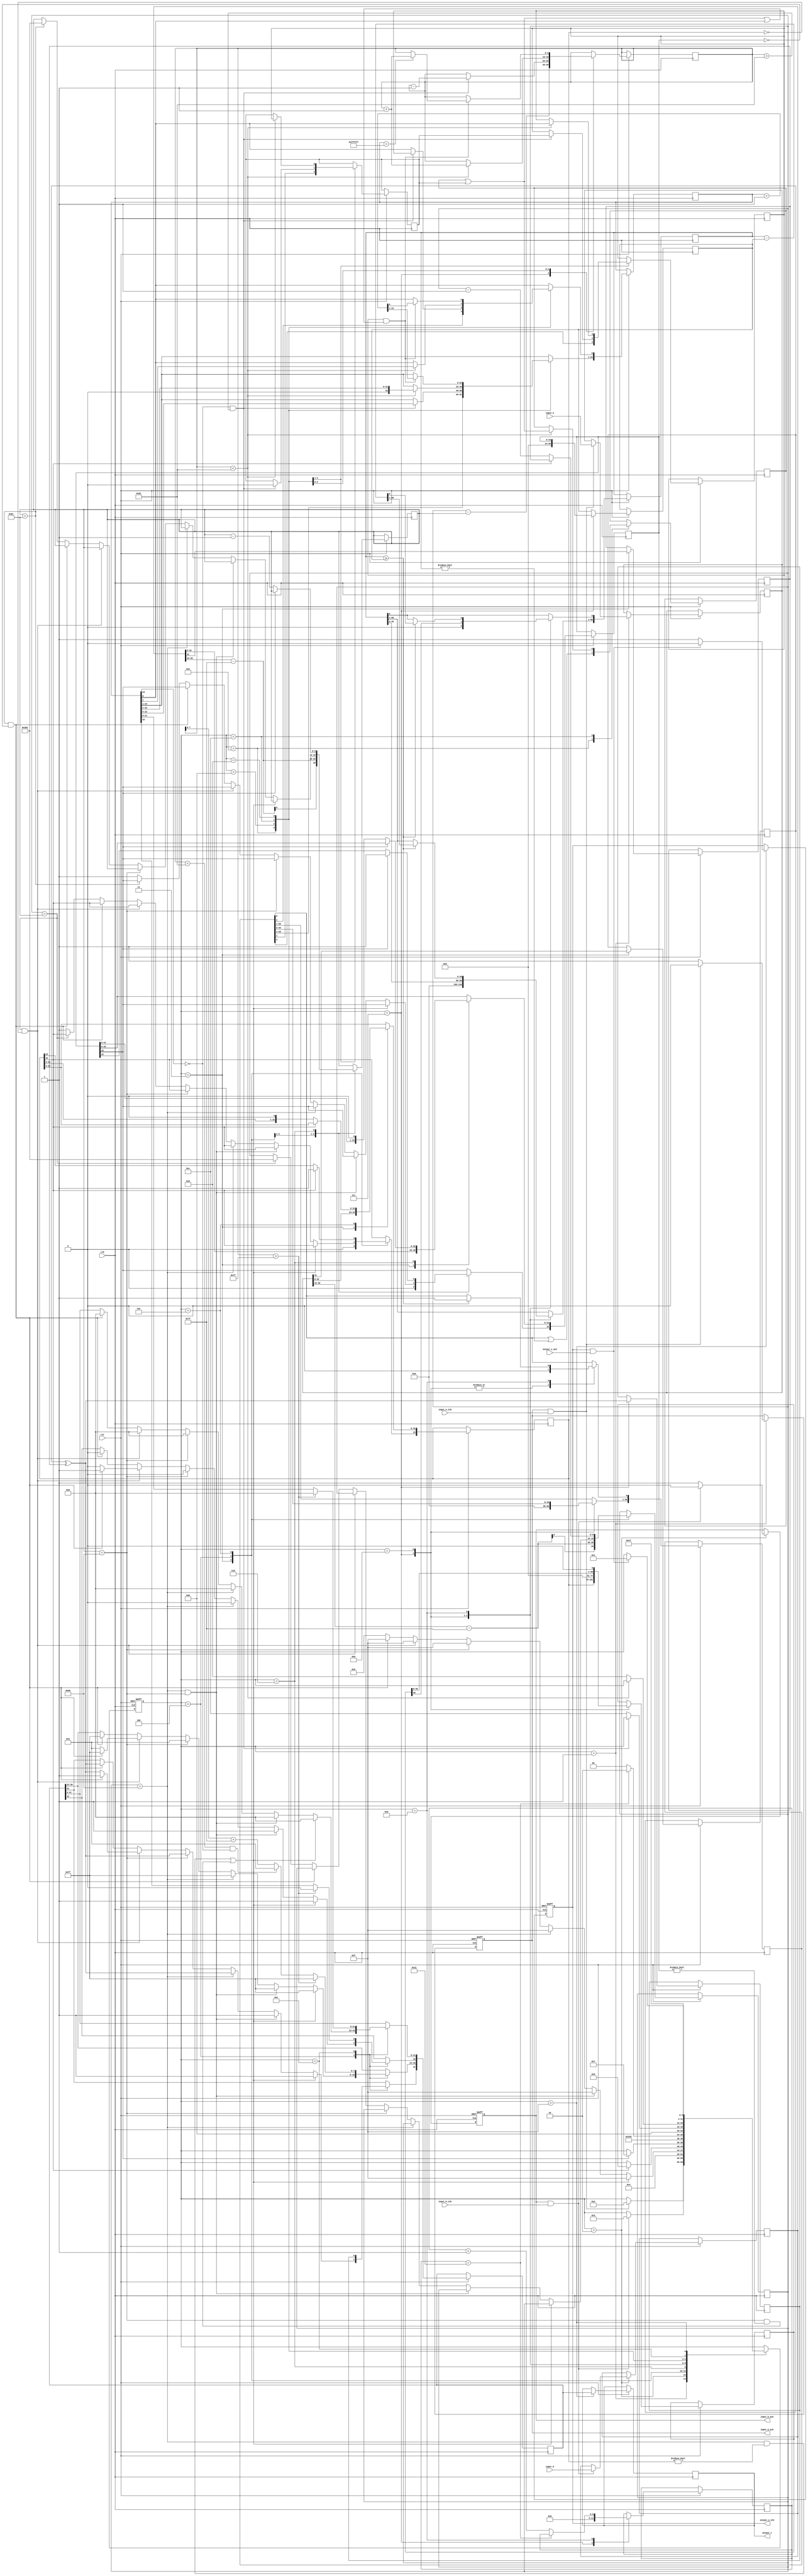
//IEEE Floating Point Divider (Single Precision)
//Copyright (C) Jonathan P Dawson 2013
//2013-12-12
//
module divider2(
        input_a,
        input_b,
        input_a_stb,
        input_b_stb,
        output_z_ack,
        clk,
        rst,
        output_z,
        output_z_stb,
        input_a_ack,
        input_b_ack);

  input     clk;
  input     rst;

  input     [31:0] input_a;
  input     input_a_stb;
  output    input_a_ack;

  input     [31:0] input_b;
  input     input_b_stb;
  output    input_b_ack;

  output    [31:0] output_z;
  output    output_z_stb;
  input     output_z_ack;

  reg       s_output_z_stb;
  reg       [31:0] s_output_z;
  reg       s_input_a_ack;
  reg       s_input_b_ack;

  reg       [3:0] state;
  parameter get_a         = 4'd1,
            get_b         = 4'd2,
            unpack        = 4'd3,
            special_cases = 4'd4,
            normalise_a   = 4'd5,
            normalise_b   = 4'd6,
            divide_0      = 4'd7,
            divide_1      = 4'd8,
            divide_2      = 4'd9,
            divide_3      = 4'd10,
            normalise_1   = 4'd11,
            normalise_2   = 4'd12,
            round         = 4'd13,
            pack          = 4'd14,
            put_z         = 4'd15;

  reg       [31:0] a, b, z;
  reg       [23:0] a_m, b_m, z_m;
  reg       [9:0] a_e, b_e, z_e;
  reg       a_s, b_s, z_s;
  reg       guard, round_bit, sticky;
  reg       [50:0] quotient, divisor, dividend, remainder;
  reg       [5:0] count;
  
  //jtag_debug jtag1(.in_debug(input_a));
  //jtag_debug jtag2(.in_debug(input_b));
  

  always @(posedge clk or negedge rst)
  begin
    if (rst == 1'b0) begin
      state <= get_a;
      s_input_a_ack <= 0;
      s_input_b_ack <= 0;
      s_output_z_stb <= 0;
    end
	 else
	 begin
		case(state)
	
			get_a:
			begin
			s_input_a_ack <= 1;
			if (s_input_a_ack && input_a_stb) begin
				a <= input_a;
				s_input_a_ack <= 0;
				state <= get_b;
			end
			end
	
			get_b:
			begin
			s_input_b_ack <= 1;
			if (s_input_b_ack && input_b_stb) begin
				b <= input_b;
				s_input_b_ack <= 0;
				state <= unpack;
			end
			end
	
			unpack:
			begin
			a_m <= a[22 : 0];
			b_m <= b[22 : 0];
			a_e <= a[30 : 23] - 127;
			b_e <= b[30 : 23] - 127;
			a_s <= a[31];
			b_s <= b[31];
			state <= special_cases;
			end
	
			special_cases:
			begin
			//if a is NaN or b is NaN return NaN 
			if ((a_e == 128 && a_m != 0) || (b_e == 128 && b_m != 0)) begin
				z[31] <= 1;
				z[30:23] <= 255;
				z[22] <= 1;
				z[21:0] <= 0;
				state <= put_z;
				//if a is inf and b is inf return NaN 
			end else if ((a_e == 128) && (b_e == 128)) begin
				z[31] <= 1;
				z[30:23] <= 255;
				z[22] <= 1;
				z[21:0] <= 0;
				state <= put_z;
			//if a is inf return inf
			end else if (a_e == 128) begin
				z[31] <= a_s ^ b_s;
				z[30:23] <= 255;
				z[22:0] <= 0;
				state <= put_z;
				//if b is zero return NaN
				if ($signed(b_e == -127) && (b_m == 0)) begin
					z[31] <= 1;
					z[30:23] <= 255;
					z[22] <= 1;
					z[21:0] <= 0;
					state <= put_z;
				end
			//if b is inf return zero
			end else if (b_e == 128) begin
				z[31] <= a_s ^ b_s;
				z[30:23] <= 0;
				z[22:0] <= 0;
				state <= put_z;
			//if a is zero return zero
			end else if (($signed(a_e) == -127) && (a_m == 0)) begin
				z[31] <= a_s ^ b_s;
				z[30:23] <= 0;
				z[22:0] <= 0;
				state <= put_z;
				//if b is zero return NaN
				if (($signed(b_e) == -127) && (b_m == 0)) begin
					z[31] <= 1;
					z[30:23] <= 255;
					z[22] <= 1;
					z[21:0] <= 0;
					state <= put_z;
				end
			//if b is zero return inf
			end else if (($signed(b_e) == -127) && (b_m == 0)) begin
				z[31] <= a_s ^ b_s;
				z[30:23] <= 255;
				z[22:0] <= 0;
				state <= put_z;
			end else begin
				//Denormalised Number
				if ($signed(a_e) == -127) begin
					a_e <= -126;
				end else begin
					a_m[23] <= 1;
				end
				//Denormalised Number
				if ($signed(b_e) == -127) begin
					b_e <= -126;
				end else begin
					b_m[23] <= 1;
				end
				state <= normalise_a;
			end
			end
	
			normalise_a:
			begin
			if (a_m[23]) begin
				state <= normalise_b;
			end else begin
				a_m <= a_m << 1;
				a_e <= a_e - 1;
			end
			end
	
			normalise_b:
			begin
			if (b_m[23]) begin
				state <= divide_0;
			end else begin
				b_m <= b_m << 1;
				b_e <= b_e - 1;
			end
			end
	
			divide_0:
			begin
			z_s <= a_s ^ b_s;
			z_e <= a_e - b_e;
			quotient <= 0;
			remainder <= 0;
			count <= 0;
			dividend <= a_m << 27;
			divisor <= b_m;
			state <= divide_1;
			end
	
			divide_1:
			begin
			quotient <= quotient << 1;
			remainder <= remainder << 1;
			remainder[0] <= dividend[50];
			dividend <= dividend << 1;
			state <= divide_2;
			end
	
			divide_2:
			begin
			if (remainder >= divisor) begin
				quotient[0] <= 1;
				remainder <= remainder - divisor;
			end
			if (count == 49) begin
				state <= divide_3;
			end else begin
				count <= count + 1;
				state <= divide_1;
			end
			end
	
			divide_3:
			begin
			z_m <= quotient[26:3];
			guard <= quotient[2];
			round_bit <= quotient[1];
			sticky <= quotient[0] | (remainder != 0);
			state <= normalise_1;
			end
	
			normalise_1:
			begin
			if (z_m[23] == 0 && $signed(z_e) > -126) begin
				z_e <= z_e - 1;
				z_m <= z_m << 1;
				z_m[0] <= guard;
				guard <= round_bit;
				round_bit <= 0;
			end else begin
				state <= normalise_2;
			end
			end
	
			normalise_2:
			begin
			if ($signed(z_e) < -126) begin
				z_e <= z_e + 1;
				z_m <= z_m >> 1;
				guard <= z_m[0];
				round_bit <= guard;
				sticky <= sticky | round_bit;
			end else begin
				state <= round;
			end
			end
	
			round:
			begin
			if (guard && (round_bit | sticky | z_m[0])) begin
				z_m <= z_m + 1;
				if (z_m == 24'hffffff) begin
					z_e <=z_e + 1;
				end
			end
			state <= pack;
			end
	
			pack:
			begin
			z[22 : 0] <= z_m[22:0];
			z[30 : 23] <= z_e[7:0] + 127;
			z[31] <= z_s;
			if ($signed(z_e) == -126 && z_m[23] == 0) begin
				z[30 : 23] <= 0;
			end
			//if overflow occurs, return inf
			if ($signed(z_e) > 127) begin
				z[22 : 0] <= 0;
				z[30 : 23] <= 255;
				z[31] <= z_s;
			end
			state <= put_z;
			end
	
			put_z:
			begin
			s_output_z_stb <= 1;
			s_output_z <= z;
			if (s_output_z_stb && output_z_ack) begin
				s_output_z_stb <= 0;
				state <= get_a;
			end
			end
	
		endcase
	end


  end
  assign input_a_ack = s_input_a_ack;
  assign input_b_ack = s_input_b_ack;
  assign output_z_stb = s_output_z_stb;
  assign output_z = s_output_z;

endmodule